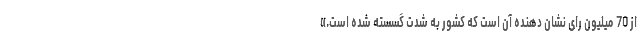
از 70 میلیون رای نشان دهنده آن است که کشور به شدت گسسته شده است.»